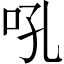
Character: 吼